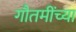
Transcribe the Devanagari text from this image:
गौतमींच्या